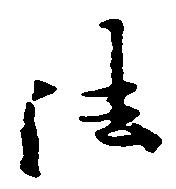
法